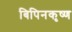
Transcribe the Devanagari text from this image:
बिपिनकृष्ण